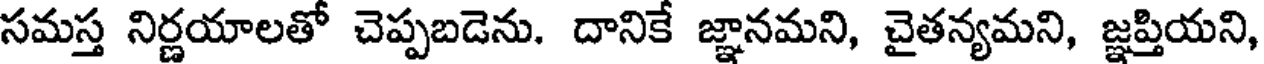
సమస్త నిర్ణయాలతో చెప్పబడెను. దానికే జ్ఞానమని, చైతన్యమని, జ్ఞప్తియని,